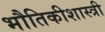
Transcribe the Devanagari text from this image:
भौतिकीशास्त्री